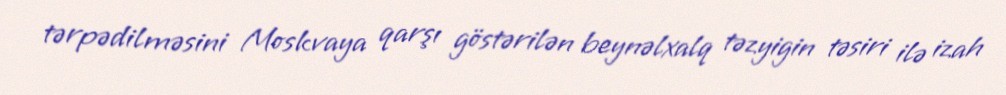
tərpədilməsini Moskvaya qarşı göstərilən beynəlxalq təzyigin təsiri ilə izah